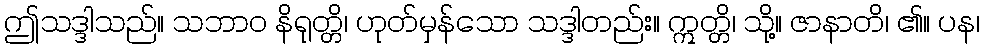
ဤသဒ္ဒါသည်။ သဘာဝ နိရုတ္တိ၊ ဟုတ်မှန်သော သဒ္ဒါတည်း။ ဣတ္တိ၊ သို့။ ဇာနာတိ၊ ၏။ ပန၊